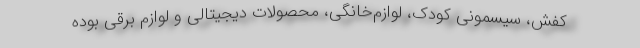
کفش، سیسمونی کودک، لوازم‌خانگی، محصولات دیجیتالی و لوازم برقی بوده